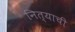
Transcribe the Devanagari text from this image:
नित्याची